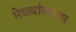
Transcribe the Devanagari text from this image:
मेळ्यांकरता